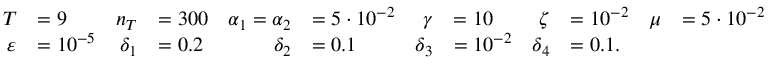
\begin{array} { r l r l r l r l r l r l } { T } & { = 9 } & { n _ { T } } & { = 3 0 0 } & { \alpha _ { 1 } = \alpha _ { 2 } } & { = 5 \cdot 1 0 ^ { - 2 } } & { \gamma } & { = 1 0 } & { \zeta } & { = 1 0 ^ { - 2 } } & { \mu } & { = 5 \cdot 1 0 ^ { - 2 } } \\ { \varepsilon } & { = 1 0 ^ { - 5 } } & { \delta _ { 1 } } & { = 0 . 2 } & { \delta _ { 2 } } & { = 0 . 1 } & { \delta _ { 3 } } & { = 1 0 ^ { - 2 } } & { \delta _ { 4 } } & { = 0 . 1 . } \end{array}